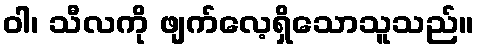
ဝါ၊ သီလကို ဖျက်လေ့ရှိသောသူသည်။